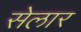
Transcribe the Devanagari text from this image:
सेलार